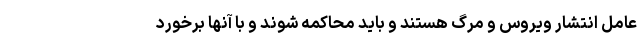
عامل انتشار ویروس و مرگ هستند و باید محاکمه شوند و با آنها برخورد